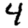
Digit: 4